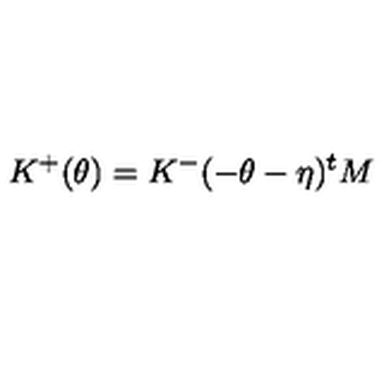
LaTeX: K ^ { + } ( \theta ) = K ^ { - } ( - \theta - \eta ) ^ { t } M